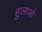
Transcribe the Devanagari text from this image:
हुलाओ